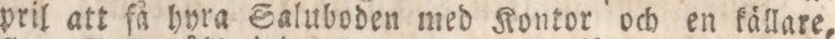
pril att få hyra Saluboden med Kontor och en källare,